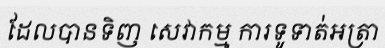
ដែលបានទិញ សេវាកម្ម ការទូទាត់អត្រា